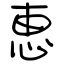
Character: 恵